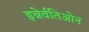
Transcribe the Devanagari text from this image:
इन्नेर्वतिओन